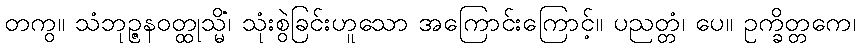
တကွ။ သံဘုဉ္ဇနဝတ္ထုသ္မိံ၊ သုံးစွဲခြင်းဟူသော အကြောင်းကြောင့်။ ပညတ္တံ၊ ပေ။ ဥက္ခိတ္တကေ၊